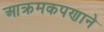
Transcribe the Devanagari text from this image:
आक्रमकपणाने